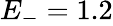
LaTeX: E_{-}=1.2